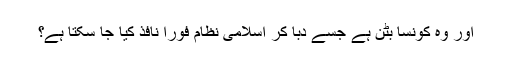
اور وہ کونسا بٹن ہے جسے دبا کر اسلامی نظام فورا نافذ کیا جا سکتا ہے؟